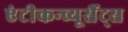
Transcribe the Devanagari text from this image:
एंटीकन्व्यूसैंट्स